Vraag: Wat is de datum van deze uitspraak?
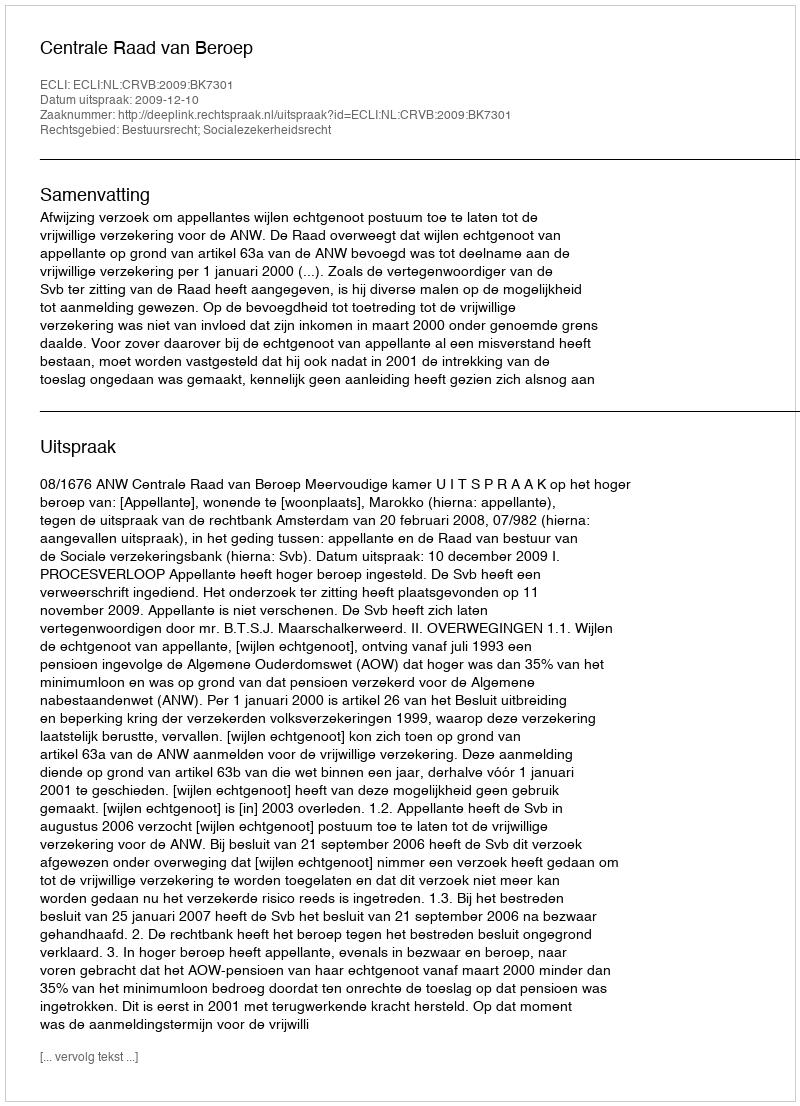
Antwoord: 2009-12-10